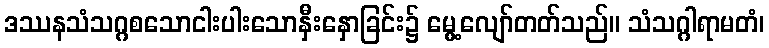
ဒဿနသံသဂ္ဂစသောငါးပါးသောနှီးနှောခြင်း၌ မွေ့လျော်တတ်သည်။ သံသဂ္ဂါရာမတံ၊